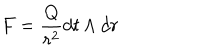
LaTeX: F = \frac { Q } { r ^ { 2 } } d t \wedge d r